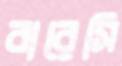
বারেসি